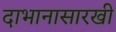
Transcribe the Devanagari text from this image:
दाभानासारखी